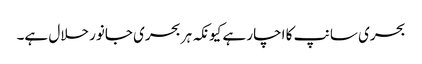
بحری سانپ کا اچار ہے کیونکہ ہر بحری جانور حلال ہے۔